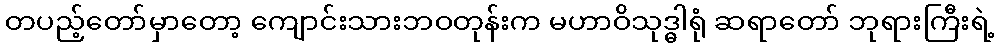
တပည့်တော်မှာတော့ ကျောင်းသားဘဝတုန်းက မဟာဝိသုဒ္ဓါရုံ ဆရာတော် ဘုရားကြီးရဲ့